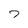
Character: 7